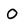
Character: O